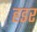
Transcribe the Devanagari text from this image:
हडर